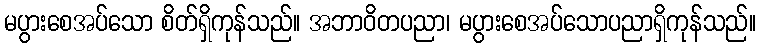
မပွားစေအပ်သော စိတ်ရှိကုန်သည်။ အဘာဝိတပညာ၊ မပွားစေအပ်သောပညာရှိကုန်သည်။